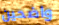
واضحين